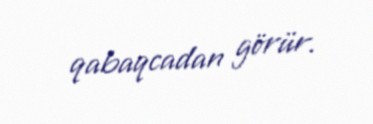
qabaqcadan görür.